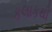
કલાકથી